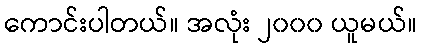
ကောင်းပါတယ်။ အလုံး ၂၀၀၀ ယူမယ်။